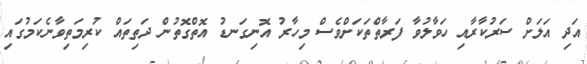
އަދި އަލަށް ސަރުކާރާއި ހަވާލުވާ ފަރާތްތަކަށްވެސް މިހާރު އޮނިގަނޑު އޮތްގޮތުން ދަތިތައް ކުރިމަތިވާނެކަމުގައި